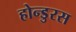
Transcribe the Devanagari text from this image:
होन्डुरस